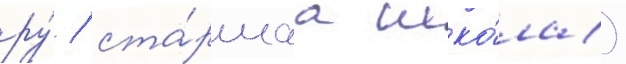
ру́ / ста́ршаа шко́ла)